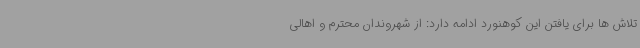
تلاش ها برای یافتن این کوهنورد ادامه دارد: از شهروندان محترم و اهالی